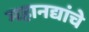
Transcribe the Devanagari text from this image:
महानद्यांचे